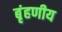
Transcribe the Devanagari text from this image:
बृंहणीय